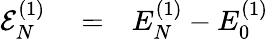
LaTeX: \begin{array}{rlr}{{\cal E}_{N}^{(1)}}&{{}=}&{E_{N}^{(1)}-E_{0}^{(1)}}\end{array}